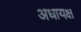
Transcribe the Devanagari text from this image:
अधायक्ष